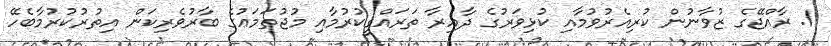
1. ރާއްޖޭގެ ޒުވާނުން ކުރިއެރުވުމާއި ކުޅިވަރުގެ ދާއިރާ ތަރައްޤީކުރުމާއި މުޖުތަމަޢުގެ ބާރުވެރިކަން އިތުރުކުރުމާބެހޭ